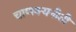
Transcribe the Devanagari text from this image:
चाणक्यनीती